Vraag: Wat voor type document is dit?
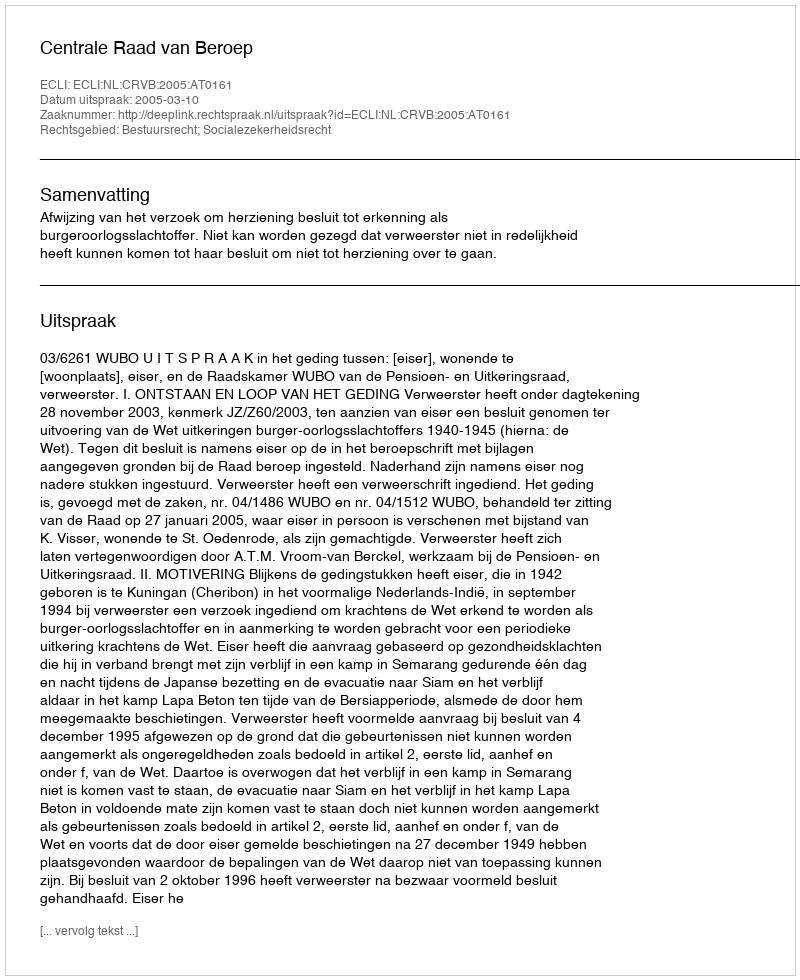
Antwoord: Uitspraak